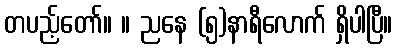
တပည့်တော်။ ။ ညနေ (၅)နာရီလောက် ရှိပါပြီ။